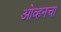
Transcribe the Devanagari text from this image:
ओव्हनचा